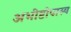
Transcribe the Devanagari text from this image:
अभीष्टोपास्य